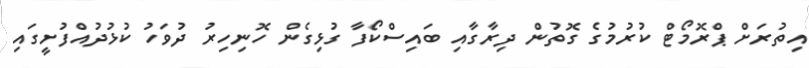
އިތުރަށް ޕްރޮމޯޓް ކުރުމުގެ ގޮތުން ދިރާގާއި ބައިސްކޯފާ ގުޅިގެން ހޮނިހިރު ދުވަހު ކުޅުދުއްފުށީގައި